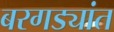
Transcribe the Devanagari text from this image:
बरगड्यांत